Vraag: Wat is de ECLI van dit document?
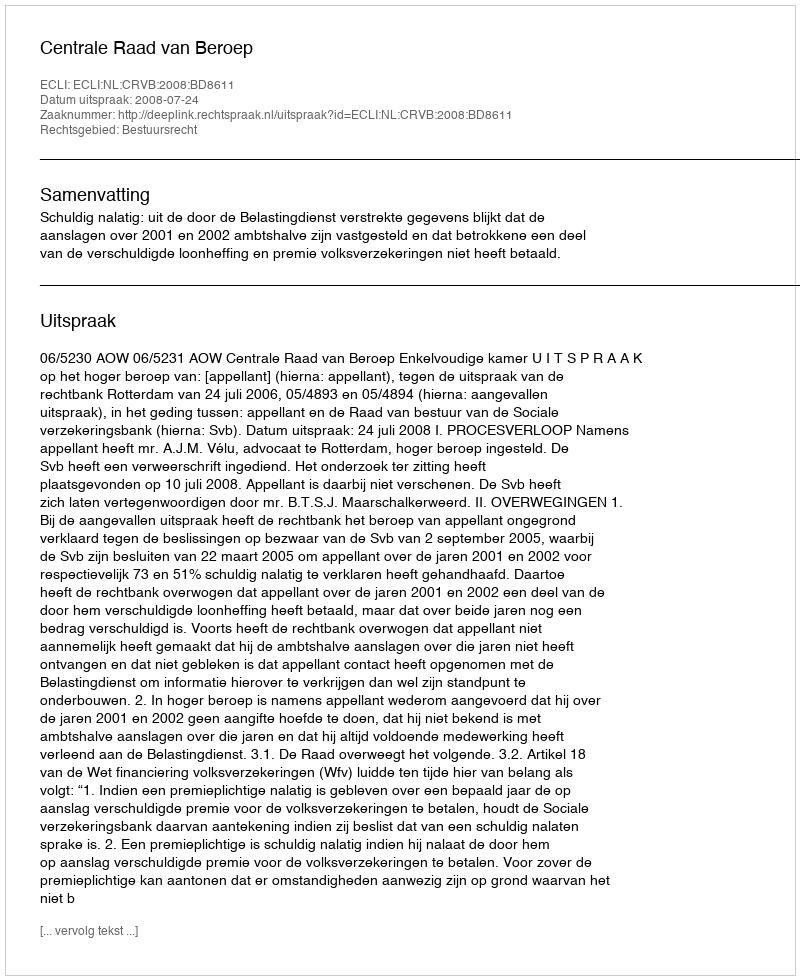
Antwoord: ECLI:NL:CRVB:2008:BD8611